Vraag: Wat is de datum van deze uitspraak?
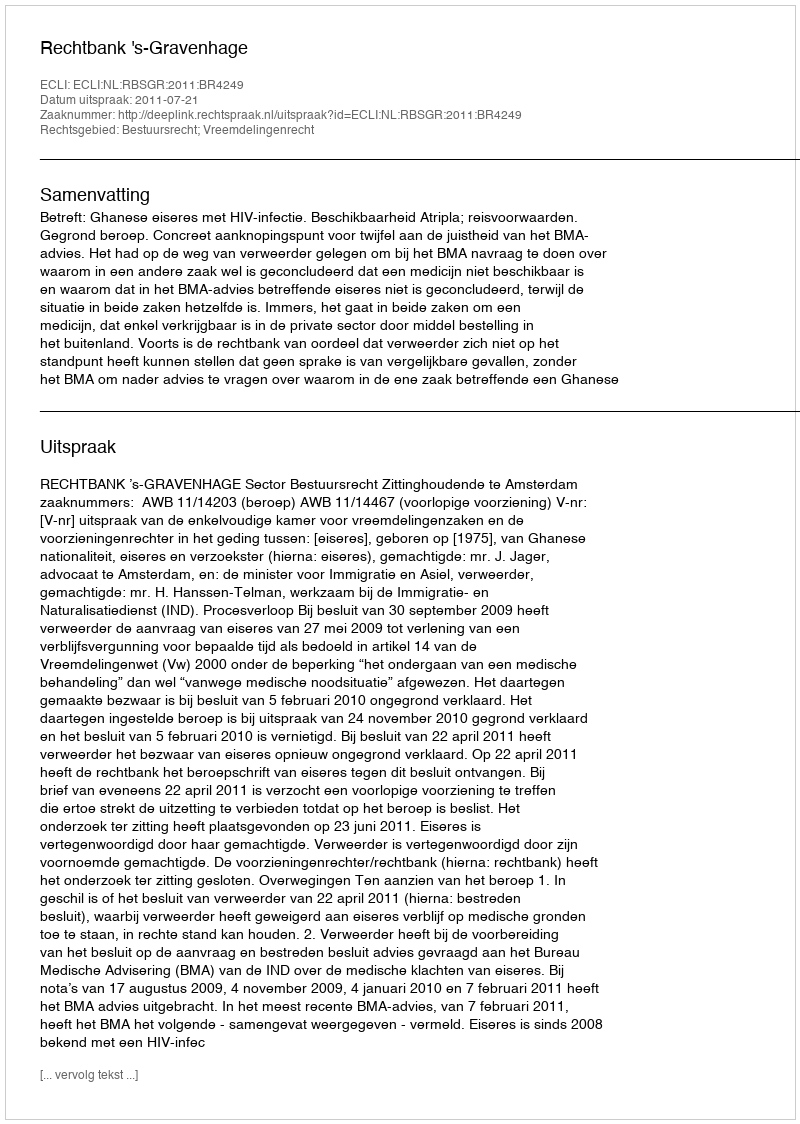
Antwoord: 2011-07-21